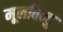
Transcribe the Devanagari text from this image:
मूलबिन्दु